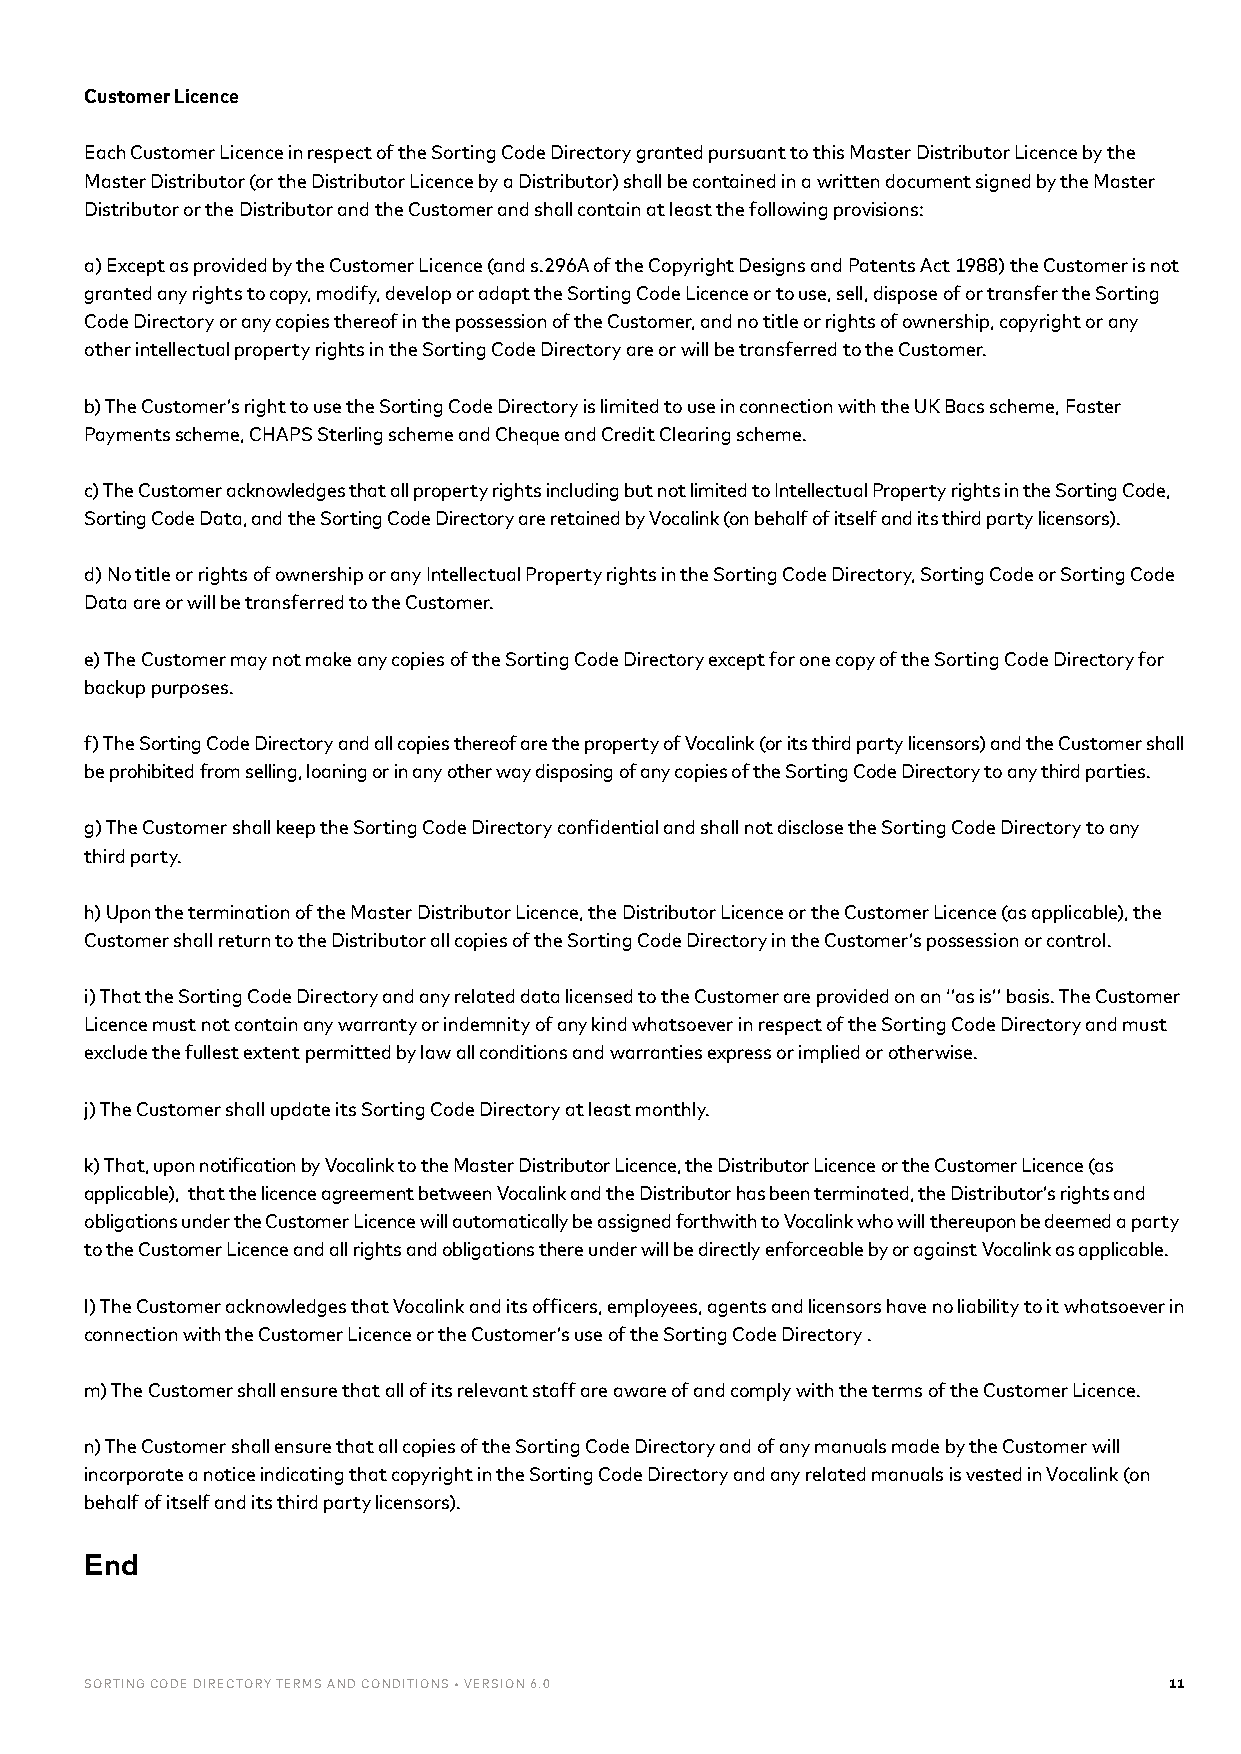
Customer Licence
 Each Customer Licence in respect of the Sorting Code Directory granted pursuant to this Master Distributor Licence by the
 Master Distributor (or the Distributor Licence by a Distributor) shall be contained in a written document signed by the Master
 Distributor or the Distributor and the Customer and shall contain at least the following provisions:
 a) Except as provided by the Customer Licence (and s.296A of the Copyright Designs and Patents Act 1988) the Customer is not
 granted any rights to copy, modify, develop or adapt the Sorting Code Licence or to use, sell, dispose of or transfer the Sorting
 Code Directory or any copies thereof in the possession of the Customer, and no title or rights of ownership, copyright or any
 other intellectual property rights in the Sorting Code Directory are or will be transferred to the Customer.
 b) The Customer’s right to use the Sorting Code Directory is limited to use in connection with the UK Bacs scheme, Faster
 Payments scheme, CHAPS Sterling scheme and Cheque and Credit Clearing scheme.
 c) The Customer acknowledges that all property rights including but not limited to Intellectual Property rights in the Sorting Code,
 Sorting Code Data, and the Sorting Code Directory are retained by Vocalink (on behalf of itself and its third party licensors).
 d) No title or rights of ownership or any Intellectual Property rights in the Sorting Code Directory, Sorting Code or Sorting Code
 Data are or will be transferred to the Customer.
 e) The Customer may not make any copies of the Sorting Code Directory except for one copy of the Sorting Code Directory for
 backup purposes.
 f) The Sorting Code Directory and all copies thereof are the property of Vocalink (or its third party licensors) and the Customer shall
 be prohibited from selling, loaning or in any other way disposing of any copies of the Sorting Code Directory to any third parties.
 g) The Customer shall keep the Sorting Code Directory confidential and shall not disclose the Sorting Code Directory to any
 third party.
 h) Upon the termination of the Master Distributor Licence, the Distributor Licence or the Customer Licence (as applicable), the
 Customer shall return to the Distributor all copies of the Sorting Code Directory in the Customer’s possession or control.
 i) That the Sorting Code Directory and any related data licensed to the Customer are provided on an ‘’as is’’ basis. The Customer
 Licence must not contain any warranty or indemnity of any kind whatsoever in respect of the Sorting Code Directory and must
 exclude the fullest extent permitted by law all conditions and warranties express or implied or otherwise.
 j) The Customer shall update its Sorting Code Directory at least monthly.
 k) That, upon notification by Vocalink to the Master Distributor Licence, the Distributor Licence or the Customer Licence (as
 applicable), that the licence agreement between Vocalink and the Distributor has been terminated, the Distributor’s rights and
 obligations under the Customer Licence will automatically be assigned forthwith to Vocalink who will thereupon be deemed a party
 to the Customer Licence and all rights and obligations there under will be directly enforceable by or against Vocalink as applicable.
 l) The Customer acknowledges that Vocalink and its officers, employees, agents and licensors have no liability to it whatsoever in
 connection with the Customer Licence or the Customer’s use of the Sorting Code Directory .
 m) The Customer shall ensure that all of its relevant staff are aware of and comply with the terms of the Customer Licence.
 n) The Customer shall ensure that all copies of the Sorting Code Directory and of any manuals made by the Customer will
 incorporate a notice indicating that copyright in the Sorting Code Directory and any related manuals is vested in Vocalink (on
 behalf of itself and its third party licensors).
 End
 SORTING CODE DIRECTORY TERMS AND CONDITIONS • VERSION 6.0              11